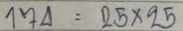
174 = 25 x 25